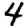
Digit: 4